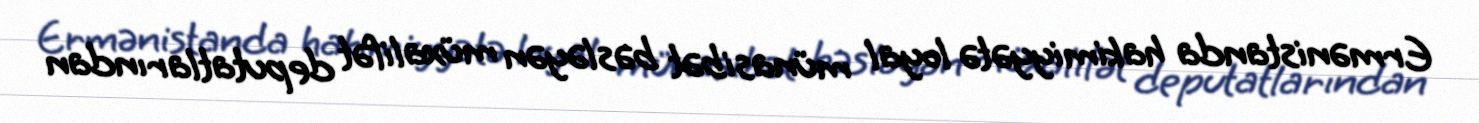
Ermənistanda hakimiyyətə loyal münasibət bəsləyən müxalifət deputatlarından